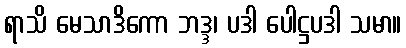
ရာသိ မေသာဒိကော ဘဒ္ဒ၊ ပဒါ ပေါဋ္ဌပဒါ သမာ။